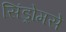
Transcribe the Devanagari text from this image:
सिंड्रोमसे